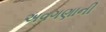
અવગણાની